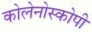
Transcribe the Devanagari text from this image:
कोलेनोस्कोपी